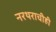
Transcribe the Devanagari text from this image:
नरथराचीही